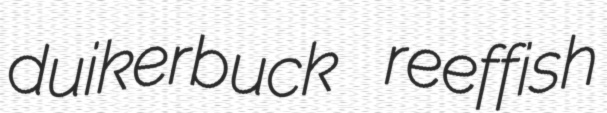
duikerbuck reeffish